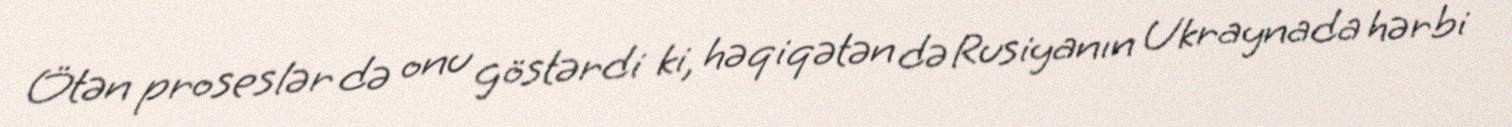
Ötən proseslər də onu göstərdi ki, həqiqətən də Rusiyanın Ukraynada hərbi